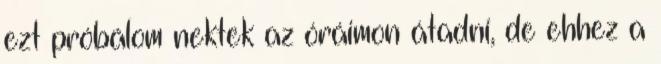
ezt próbálom nektek az óráimon átadni, de ehhez a